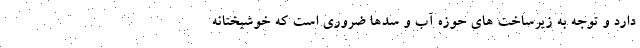
دارد و توجه به زیرساخت های حوزه آب و سدها ضروری است که خوشبختانه